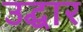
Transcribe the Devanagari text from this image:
उद्घार